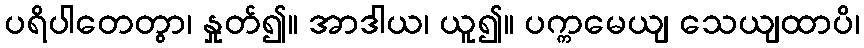
ပရိပါတေတွာ၊ နှုတ်၍။ အာဒါယ၊ ယူ၍။ ပက္ကမေယျ သေယျထာပိ၊